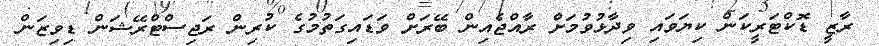
ރާޒީ ޑޮކްޓަރީކަން ކިޔަވައި ވިދާޅުވުމަށް ރާއްޖެއިން ބޭރަށް ވަޑައިގަތުމުގެ ކުރިން ރަޖިސްޓްރޭޝަން ޑިވިޒަން